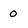
Character: 0